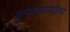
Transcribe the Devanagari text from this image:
कुमारवयापर्यंतच